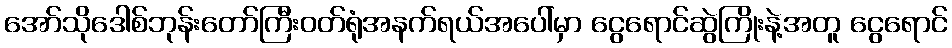
အော်သိုဒေါစ်ဘုန်းတော်ကြီးဝတ်ရုံအနက်ရယ်အပေါ်မှာ ငွေရောင်ဆွဲကြိုးနဲ့အတူ ငွေရောင်